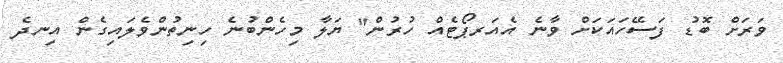
ވަރަށް ބޮޑު ފަސޭހައަކަށް ވާނެ އެއަރޕޯޓެއް ހުރުން" ޔަލާ މިހެންބުނެ ހިނިތުންވެލައިގެން އިނދެ